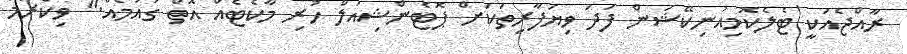
ރާއްޖެއަކީ ޓެލެކޮމިއުނިކޭޝަން ފަދަ ވިޔަފާރިތަކަށް ޕޮޓެންޝިއަލް ހުރި މާކެޓެއް އޮތް ގައުމެއް." ވިކްރަމް